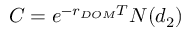
C = e ^ { - r _ { D O M } T } N ( d _ { 2 } )